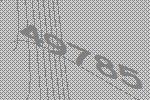
49785